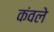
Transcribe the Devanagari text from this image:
कंवले